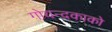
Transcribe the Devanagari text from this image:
गोयन्‍दकाको